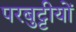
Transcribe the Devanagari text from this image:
परबुट्टीयों